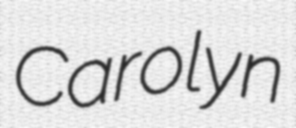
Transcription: Carolyn